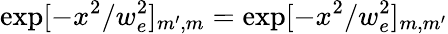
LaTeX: \exp[-x^{2}/w_{e}^{2}]_{m^{\prime},m}=\exp[-x^{2}/w_{e}^{2}]_{m,m^{\prime}}